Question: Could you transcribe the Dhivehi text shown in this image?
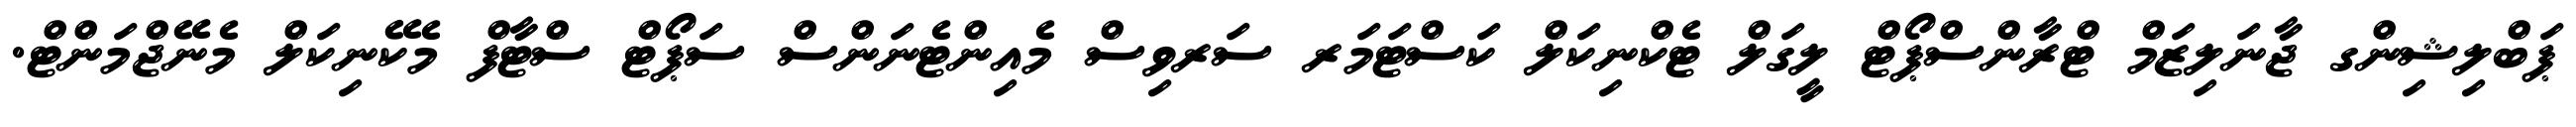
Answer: ޕަބްލިޝިންގ ޖާނަލިޒަމް ޓްރާންސްޕޯޓް ލީގަލް ޓެކްނިކަލް ކަސްޓަމަރ ސަރވިސް މެއިންޓެނަންސް ސަޕޯޓް ސްޓާފް މެކޭނިކަލް މެނޭޖްމަންޓް.